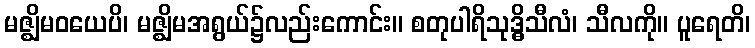
မဇ္ဈိမဝယေပိ၊ မဇ္ဈိမအရွယ်၌လည်းကောင်း။ စတုပါရိသုဒ္ဓိသီလံ၊ သီလကို။ ပူရေတိ၊